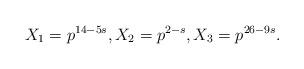
LaTeX: \begin{align*} X_1=p^{14-5s}, X_2=p^{2-s}, X_3=p^{26-9s}.\end{align*}